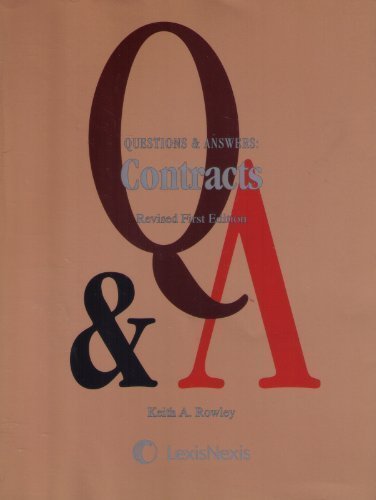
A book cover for Questions & Answers: Contracts; Keith A. Rowley; Law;